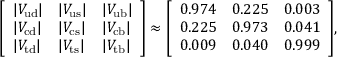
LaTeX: { \left[ \begin{array} { l l l } { | V _ { \mathrm { u d } } | } & { | V _ { \mathrm { u s } } | } & { | V _ { \mathrm { u b } } | } \\ { | V _ { \mathrm { c d } } | } & { | V _ { \mathrm { c s } } | } & { | V _ { \mathrm { c b } } | } \\ { | V _ { \mathrm { t d } } | } & { | V _ { \mathrm { t s } } | } & { | V _ { \mathrm { t b } } | } \end{array} \right] } \approx { \left[ \begin{array} { l l l } { 0 . 9 7 4 } & { 0 . 2 2 5 } & { 0 . 0 0 3 } \\ { 0 . 2 2 5 } & { 0 . 9 7 3 } & { 0 . 0 4 1 } \\ { 0 . 0 0 9 } & { 0 . 0 4 0 } & { 0 . 9 9 9 } \end{array} \right] } ,